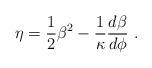
LaTeX: \begin{align*}\eta = {1\over 2}\beta^2 -\frac{1}{\kappa}{d\beta\over d\phi} ~.\end{align*}